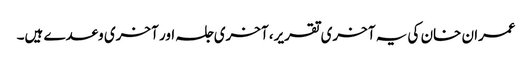
عمران خان کی یہ آخری تقریر، آخری جلسہ اور آخری وعدے ہیں۔